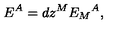
E ^ { A } = d z ^ { M } { { E _ { M } } ^ { A } } ,